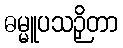
ဓမ္မူပသဉှိတာ